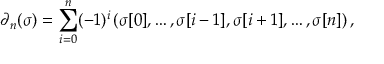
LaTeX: \partial _ { n } ( \sigma ) = \sum _ { i = 0 } ^ { n } ( - 1 ) ^ { i } \left( \sigma [ 0 ] , \dots , \sigma [ i - 1 ] , \sigma [ i + 1 ] , \dots , \sigma [ n ] \right) ,